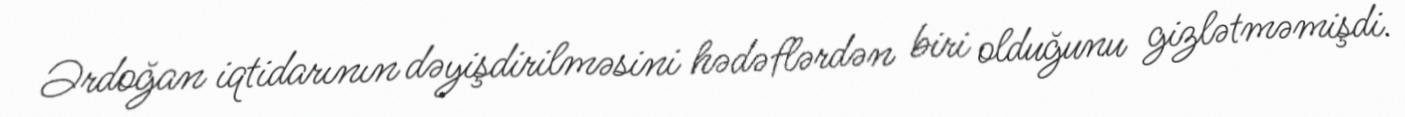
Ərdoğan iqtidarının dəyişdirilməsini hədəflərdən biri olduğunu gizlətməmişdi.